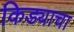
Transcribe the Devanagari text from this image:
किड्याचा